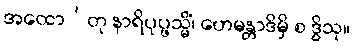
အထော’တု နာရိပုပ္ဖသ္မိံ၊ ဟေမန္တာဒိမှိ စ ဒွိသု။